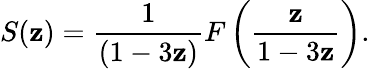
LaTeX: S(\mathbf{z})={\frac{{1}}{{(1-3\mathbf{z})}}}F\left({\frac{{\mathbf{z}}}{{1-3\mathbf{z}}}}\right).